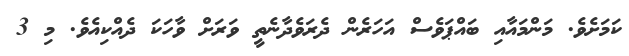
ކަމަށެވެ. މަންމައާއި ބައްޕަވެސް އަހަރެން ދެރަވެދާނެތީ ވަރަށް ވާހަކަ ދެއްކިއެވެ. މި 3